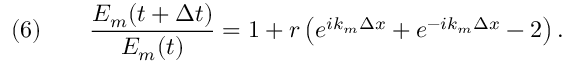
\quad ( 6 ) \qquad { \frac { E _ { m } ( t + \Delta t ) } { E _ { m } ( t ) } } = 1 + r \left( e ^ { i k _ { m } \Delta x } + e ^ { - i k _ { m } \Delta x } - 2 \right) .